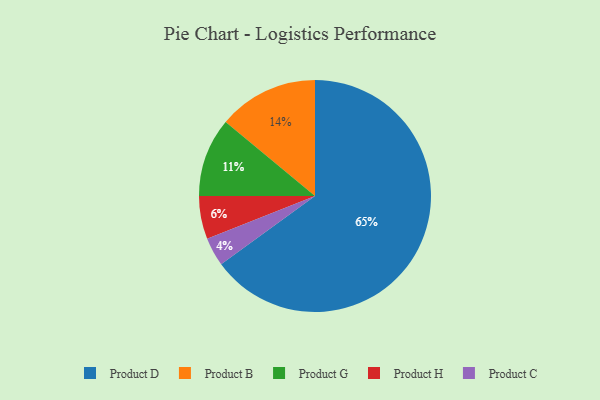
{"axis": {"x": "Category", "y": "Percentage"}, "legend": ["Product B", "Product C", "Product D", "Product G", "Product H"], "data": [{"x": "Product B", "y": 14, "type": "Product B"}, {"x": "Product C", "y": 4, "type": "Product C"}, {"x": "Product D", "y": 65, "type": "Product D"}, {"x": "Product G", "y": 11, "type": "Product G"}, {"x": "Product H", "y": 6, "type": "Product H"}]}